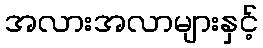
အလားအလာများနှင့်